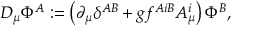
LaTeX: D _ { \mu } { \mit \Phi } ^ { A } : = \left( \partial _ { \mu } \delta ^ { A B } + g f ^ { A i B } A _ { \mu } ^ { i } \right) { \mit \Phi } ^ { B } ,